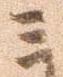
三